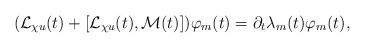
LaTeX: \begin{align*}(\mathcal{L}_{\chi u}(t) + [\mathcal{L}_{\chi u}(t), \mathcal{M}(t)])\varphi_m(t) = \partial_t \lambda_m(t) \varphi_m (t),\end{align*}